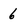
Character: 6